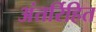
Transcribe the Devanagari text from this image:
अंतर्रिहित